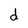
Character: d